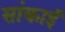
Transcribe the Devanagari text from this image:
सांकाई